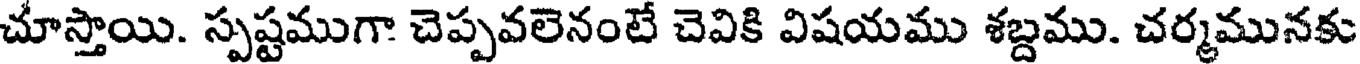
చూస్తాయి. స్పష్టముగా చెప్పవలెనంటే చెవికి విషయము శబ్దము. చర్మమునకు